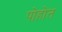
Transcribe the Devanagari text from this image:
पोहोत